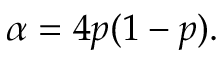
\alpha = 4 p ( 1 - p ) .